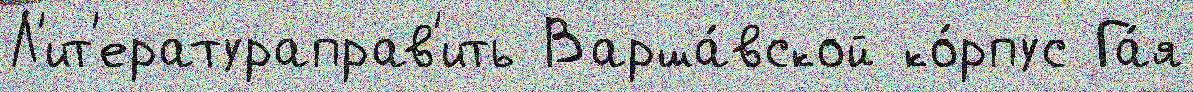
Л'ит'ератураправ'ить Варша́вской ко́рпус Га́я